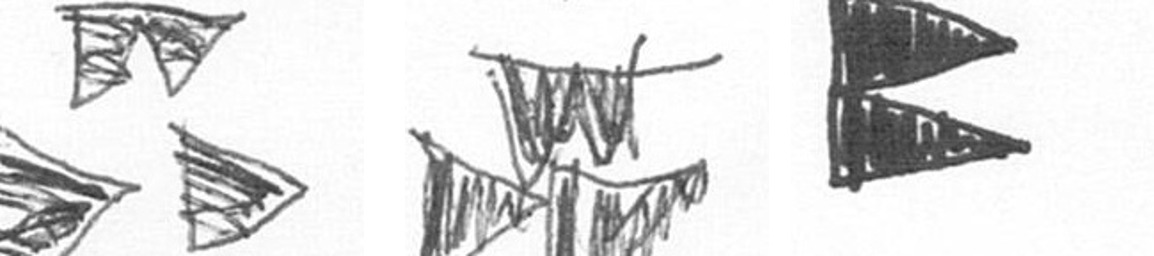
B B P